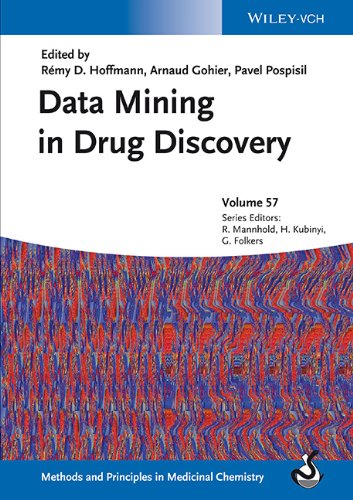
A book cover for Data Mining in Drug Discovery, Volume 57; Medical Books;